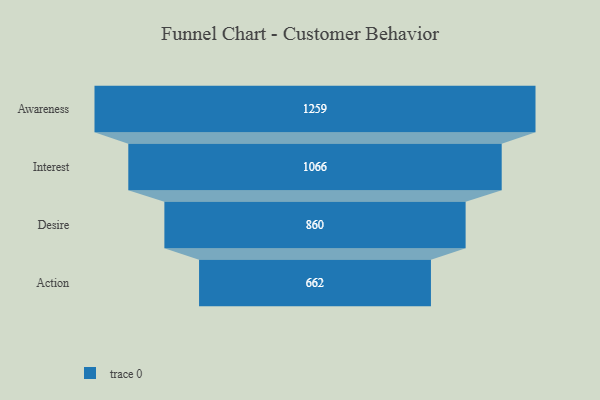
{"axis": {"x": "Stage", "y": "Value"}, "legend": [""], "data": [{"x": "Awareness", "y": 1259.0, "type": ""}, {"x": "Interest", "y": 1066.0, "type": ""}, {"x": "Desire", "y": 860.0, "type": ""}, {"x": "Action", "y": 662.0, "type": ""}]}